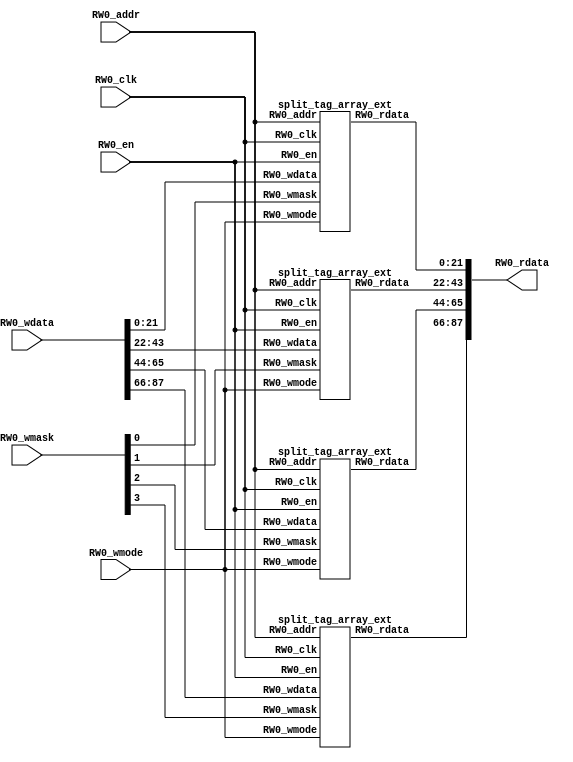
module tag_array_ext(
  input  [5:0]  RW0_addr,
  input         RW0_clk,
  input  [87:0] RW0_wdata,
  output [87:0] RW0_rdata,
  input         RW0_en,
  input         RW0_wmode,
  input  [3:0]  RW0_wmask
);
  wire [5:0] mem_0_0_RW0_addr;
  wire  mem_0_0_RW0_clk;
  wire [21:0] mem_0_0_RW0_wdata;
  wire [21:0] mem_0_0_RW0_rdata;
  wire  mem_0_0_RW0_en;
  wire  mem_0_0_RW0_wmode;
  wire  mem_0_0_RW0_wmask;
  wire [5:0] mem_0_1_RW0_addr;
  wire  mem_0_1_RW0_clk;
  wire [21:0] mem_0_1_RW0_wdata;
  wire [21:0] mem_0_1_RW0_rdata;
  wire  mem_0_1_RW0_en;
  wire  mem_0_1_RW0_wmode;
  wire  mem_0_1_RW0_wmask;
  wire [5:0] mem_0_2_RW0_addr;
  wire  mem_0_2_RW0_clk;
  wire [21:0] mem_0_2_RW0_wdata;
  wire [21:0] mem_0_2_RW0_rdata;
  wire  mem_0_2_RW0_en;
  wire  mem_0_2_RW0_wmode;
  wire  mem_0_2_RW0_wmask;
  wire [5:0] mem_0_3_RW0_addr;
  wire  mem_0_3_RW0_clk;
  wire [21:0] mem_0_3_RW0_wdata;
  wire [21:0] mem_0_3_RW0_rdata;
  wire  mem_0_3_RW0_en;
  wire  mem_0_3_RW0_wmode;
  wire  mem_0_3_RW0_wmask;
  wire [21:0] RW0_rdata_0_0;
  wire [21:0] RW0_rdata_0_1;
  wire [21:0] RW0_rdata_0_2;
  wire [21:0] RW0_rdata_0_3;
  wire [43:0] _GEN_0;
  wire [65:0] _GEN_1;
  wire [87:0] RW0_rdata_0;
  wire [43:0] _GEN_2;
  wire [65:0] _GEN_3;
  split_tag_array_ext mem_0_0 (
    .RW0_addr(mem_0_0_RW0_addr),
    .RW0_clk(mem_0_0_RW0_clk),
    .RW0_wdata(mem_0_0_RW0_wdata),
    .RW0_rdata(mem_0_0_RW0_rdata),
    .RW0_en(mem_0_0_RW0_en),
    .RW0_wmode(mem_0_0_RW0_wmode),
    .RW0_wmask(mem_0_0_RW0_wmask)
  );
  split_tag_array_ext mem_0_1 (
    .RW0_addr(mem_0_1_RW0_addr),
    .RW0_clk(mem_0_1_RW0_clk),
    .RW0_wdata(mem_0_1_RW0_wdata),
    .RW0_rdata(mem_0_1_RW0_rdata),
    .RW0_en(mem_0_1_RW0_en),
    .RW0_wmode(mem_0_1_RW0_wmode),
    .RW0_wmask(mem_0_1_RW0_wmask)
  );
  split_tag_array_ext mem_0_2 (
    .RW0_addr(mem_0_2_RW0_addr),
    .RW0_clk(mem_0_2_RW0_clk),
    .RW0_wdata(mem_0_2_RW0_wdata),
    .RW0_rdata(mem_0_2_RW0_rdata),
    .RW0_en(mem_0_2_RW0_en),
    .RW0_wmode(mem_0_2_RW0_wmode),
    .RW0_wmask(mem_0_2_RW0_wmask)
  );
  split_tag_array_ext mem_0_3 (
    .RW0_addr(mem_0_3_RW0_addr),
    .RW0_clk(mem_0_3_RW0_clk),
    .RW0_wdata(mem_0_3_RW0_wdata),
    .RW0_rdata(mem_0_3_RW0_rdata),
    .RW0_en(mem_0_3_RW0_en),
    .RW0_wmode(mem_0_3_RW0_wmode),
    .RW0_wmask(mem_0_3_RW0_wmask)
  );
  assign RW0_rdata_0_0 = mem_0_0_RW0_rdata;
  assign RW0_rdata_0_1 = mem_0_1_RW0_rdata;
  assign RW0_rdata_0_2 = mem_0_2_RW0_rdata;
  assign RW0_rdata_0_3 = mem_0_3_RW0_rdata;
  assign _GEN_0 = {RW0_rdata_0_1,RW0_rdata_0_0};
  assign _GEN_1 = {RW0_rdata_0_2,_GEN_0};
  assign RW0_rdata_0 = {RW0_rdata_0_3,_GEN_1};
  assign _GEN_2 = {RW0_rdata_0_1,RW0_rdata_0_0};
  assign _GEN_3 = {RW0_rdata_0_2,_GEN_0};
  assign RW0_rdata = {RW0_rdata_0_3,_GEN_1};
  assign mem_0_0_RW0_addr = RW0_addr;
  assign mem_0_0_RW0_clk = RW0_clk;
  assign mem_0_0_RW0_wdata = RW0_wdata[21:0];
  assign mem_0_0_RW0_en = RW0_en;
  assign mem_0_0_RW0_wmode = RW0_wmode;
  assign mem_0_0_RW0_wmask = RW0_wmask[0];
  assign mem_0_1_RW0_addr = RW0_addr;
  assign mem_0_1_RW0_clk = RW0_clk;
  assign mem_0_1_RW0_wdata = RW0_wdata[43:22];
  assign mem_0_1_RW0_en = RW0_en;
  assign mem_0_1_RW0_wmode = RW0_wmode;
  assign mem_0_1_RW0_wmask = RW0_wmask[1];
  assign mem_0_2_RW0_addr = RW0_addr;
  assign mem_0_2_RW0_clk = RW0_clk;
  assign mem_0_2_RW0_wdata = RW0_wdata[65:44];
  assign mem_0_2_RW0_en = RW0_en;
  assign mem_0_2_RW0_wmode = RW0_wmode;
  assign mem_0_2_RW0_wmask = RW0_wmask[2];
  assign mem_0_3_RW0_addr = RW0_addr;
  assign mem_0_3_RW0_clk = RW0_clk;
  assign mem_0_3_RW0_wdata = RW0_wdata[87:66];
  assign mem_0_3_RW0_en = RW0_en;
  assign mem_0_3_RW0_wmode = RW0_wmode;
  assign mem_0_3_RW0_wmask = RW0_wmask[3];
endmodule
module array_0_0_ext(
  input  [8:0]  W0_addr,
  input         W0_clk,
  input  [63:0] W0_data,
  input         W0_en,
  input         W0_mask,
  input  [8:0]  R0_addr,
  input         R0_clk,
  output [63:0] R0_data,
  input         R0_en
);
  wire [8:0] mem_0_0_W0_addr;
  wire  mem_0_0_W0_clk;
  wire [63:0] mem_0_0_W0_data;
  wire  mem_0_0_W0_en;
  wire  mem_0_0_W0_mask;
  wire [8:0] mem_0_0_R0_addr;
  wire  mem_0_0_R0_clk;
  wire [63:0] mem_0_0_R0_data;
  wire  mem_0_0_R0_en;
  wire [63:0] R0_data_0_0;
  wire [63:0] R0_data_0;
  split_array_0_0_ext mem_0_0 (
    .W0_addr(mem_0_0_W0_addr),
    .W0_clk(mem_0_0_W0_clk),
    .W0_data(mem_0_0_W0_data),
    .W0_en(mem_0_0_W0_en),
    .W0_mask(mem_0_0_W0_mask),
    .R0_addr(mem_0_0_R0_addr),
    .R0_clk(mem_0_0_R0_clk),
    .R0_data(mem_0_0_R0_data),
    .R0_en(mem_0_0_R0_en)
  );
  assign R0_data_0_0 = mem_0_0_R0_data;
  assign R0_data_0 = R0_data_0_0;
  assign R0_data = mem_0_0_R0_data;
  assign mem_0_0_W0_addr = W0_addr;
  assign mem_0_0_W0_clk = W0_clk;
  assign mem_0_0_W0_data = W0_data;
  assign mem_0_0_W0_en = W0_en;
  assign mem_0_0_W0_mask = W0_mask;
  assign mem_0_0_R0_addr = R0_addr;
  assign mem_0_0_R0_clk = R0_clk;
  assign mem_0_0_R0_en = R0_en;
endmodule
module tag_array_0_ext(
  input  [5:0]  RW0_addr,
  input         RW0_clk,
  input  [83:0] RW0_wdata,
  output [83:0] RW0_rdata,
  input         RW0_en,
  input         RW0_wmode,
  input  [3:0]  RW0_wmask
);
  wire [5:0] mem_0_0_RW0_addr;
  wire  mem_0_0_RW0_clk;
  wire [20:0] mem_0_0_RW0_wdata;
  wire [20:0] mem_0_0_RW0_rdata;
  wire  mem_0_0_RW0_en;
  wire  mem_0_0_RW0_wmode;
  wire  mem_0_0_RW0_wmask;
  wire [5:0] mem_0_1_RW0_addr;
  wire  mem_0_1_RW0_clk;
  wire [20:0] mem_0_1_RW0_wdata;
  wire [20:0] mem_0_1_RW0_rdata;
  wire  mem_0_1_RW0_en;
  wire  mem_0_1_RW0_wmode;
  wire  mem_0_1_RW0_wmask;
  wire [5:0] mem_0_2_RW0_addr;
  wire  mem_0_2_RW0_clk;
  wire [20:0] mem_0_2_RW0_wdata;
  wire [20:0] mem_0_2_RW0_rdata;
  wire  mem_0_2_RW0_en;
  wire  mem_0_2_RW0_wmode;
  wire  mem_0_2_RW0_wmask;
  wire [5:0] mem_0_3_RW0_addr;
  wire  mem_0_3_RW0_clk;
  wire [20:0] mem_0_3_RW0_wdata;
  wire [20:0] mem_0_3_RW0_rdata;
  wire  mem_0_3_RW0_en;
  wire  mem_0_3_RW0_wmode;
  wire  mem_0_3_RW0_wmask;
  wire [20:0] RW0_rdata_0_0;
  wire [20:0] RW0_rdata_0_1;
  wire [20:0] RW0_rdata_0_2;
  wire [20:0] RW0_rdata_0_3;
  wire [41:0] _GEN_0;
  wire [62:0] _GEN_1;
  wire [83:0] RW0_rdata_0;
  wire [41:0] _GEN_2;
  wire [62:0] _GEN_3;
  split_tag_array_0_ext mem_0_0 (
    .RW0_addr(mem_0_0_RW0_addr),
    .RW0_clk(mem_0_0_RW0_clk),
    .RW0_wdata(mem_0_0_RW0_wdata),
    .RW0_rdata(mem_0_0_RW0_rdata),
    .RW0_en(mem_0_0_RW0_en),
    .RW0_wmode(mem_0_0_RW0_wmode),
    .RW0_wmask(mem_0_0_RW0_wmask)
  );
  split_tag_array_0_ext mem_0_1 (
    .RW0_addr(mem_0_1_RW0_addr),
    .RW0_clk(mem_0_1_RW0_clk),
    .RW0_wdata(mem_0_1_RW0_wdata),
    .RW0_rdata(mem_0_1_RW0_rdata),
    .RW0_en(mem_0_1_RW0_en),
    .RW0_wmode(mem_0_1_RW0_wmode),
    .RW0_wmask(mem_0_1_RW0_wmask)
  );
  split_tag_array_0_ext mem_0_2 (
    .RW0_addr(mem_0_2_RW0_addr),
    .RW0_clk(mem_0_2_RW0_clk),
    .RW0_wdata(mem_0_2_RW0_wdata),
    .RW0_rdata(mem_0_2_RW0_rdata),
    .RW0_en(mem_0_2_RW0_en),
    .RW0_wmode(mem_0_2_RW0_wmode),
    .RW0_wmask(mem_0_2_RW0_wmask)
  );
  split_tag_array_0_ext mem_0_3 (
    .RW0_addr(mem_0_3_RW0_addr),
    .RW0_clk(mem_0_3_RW0_clk),
    .RW0_wdata(mem_0_3_RW0_wdata),
    .RW0_rdata(mem_0_3_RW0_rdata),
    .RW0_en(mem_0_3_RW0_en),
    .RW0_wmode(mem_0_3_RW0_wmode),
    .RW0_wmask(mem_0_3_RW0_wmask)
  );
  assign RW0_rdata_0_0 = mem_0_0_RW0_rdata;
  assign RW0_rdata_0_1 = mem_0_1_RW0_rdata;
  assign RW0_rdata_0_2 = mem_0_2_RW0_rdata;
  assign RW0_rdata_0_3 = mem_0_3_RW0_rdata;
  assign _GEN_0 = {RW0_rdata_0_1,RW0_rdata_0_0};
  assign _GEN_1 = {RW0_rdata_0_2,_GEN_0};
  assign RW0_rdata_0 = {RW0_rdata_0_3,_GEN_1};
  assign _GEN_2 = {RW0_rdata_0_1,RW0_rdata_0_0};
  assign _GEN_3 = {RW0_rdata_0_2,_GEN_0};
  assign RW0_rdata = {RW0_rdata_0_3,_GEN_1};
  assign mem_0_0_RW0_addr = RW0_addr;
  assign mem_0_0_RW0_clk = RW0_clk;
  assign mem_0_0_RW0_wdata = RW0_wdata[20:0];
  assign mem_0_0_RW0_en = RW0_en;
  assign mem_0_0_RW0_wmode = RW0_wmode;
  assign mem_0_0_RW0_wmask = RW0_wmask[0];
  assign mem_0_1_RW0_addr = RW0_addr;
  assign mem_0_1_RW0_clk = RW0_clk;
  assign mem_0_1_RW0_wdata = RW0_wdata[41:21];
  assign mem_0_1_RW0_en = RW0_en;
  assign mem_0_1_RW0_wmode = RW0_wmode;
  assign mem_0_1_RW0_wmask = RW0_wmask[1];
  assign mem_0_2_RW0_addr = RW0_addr;
  assign mem_0_2_RW0_clk = RW0_clk;
  assign mem_0_2_RW0_wdata = RW0_wdata[62:42];
  assign mem_0_2_RW0_en = RW0_en;
  assign mem_0_2_RW0_wmode = RW0_wmode;
  assign mem_0_2_RW0_wmask = RW0_wmask[2];
  assign mem_0_3_RW0_addr = RW0_addr;
  assign mem_0_3_RW0_clk = RW0_clk;
  assign mem_0_3_RW0_wdata = RW0_wdata[83:63];
  assign mem_0_3_RW0_en = RW0_en;
  assign mem_0_3_RW0_wmode = RW0_wmode;
  assign mem_0_3_RW0_wmask = RW0_wmask[3];
endmodule
module dataArrayWay_0_ext(
  input  [8:0]  RW0_addr,
  input         RW0_clk,
  input  [63:0] RW0_wdata,
  output [63:0] RW0_rdata,
  input         RW0_en,
  input         RW0_wmode
);
  wire [8:0] mem_0_0_RW0_addr;
  wire  mem_0_0_RW0_clk;
  wire [63:0] mem_0_0_RW0_wdata;
  wire [63:0] mem_0_0_RW0_rdata;
  wire  mem_0_0_RW0_en;
  wire  mem_0_0_RW0_wmode;
  wire [63:0] RW0_rdata_0_0;
  wire [63:0] RW0_rdata_0;
  split_dataArrayWay_0_ext mem_0_0 (
    .RW0_addr(mem_0_0_RW0_addr),
    .RW0_clk(mem_0_0_RW0_clk),
    .RW0_wdata(mem_0_0_RW0_wdata),
    .RW0_rdata(mem_0_0_RW0_rdata),
    .RW0_en(mem_0_0_RW0_en),
    .RW0_wmode(mem_0_0_RW0_wmode)
  );
  assign RW0_rdata_0_0 = mem_0_0_RW0_rdata;
  assign RW0_rdata_0 = RW0_rdata_0_0;
  assign RW0_rdata = mem_0_0_RW0_rdata;
  assign mem_0_0_RW0_addr = RW0_addr;
  assign mem_0_0_RW0_clk = RW0_clk;
  assign mem_0_0_RW0_wdata = RW0_wdata;
  assign mem_0_0_RW0_en = RW0_en;
  assign mem_0_0_RW0_wmode = RW0_wmode;
endmodule
module bim_data_array_0_ext(
  input  [8:0] RW0_addr,
  input        RW0_clk,
  input  [7:0] RW0_wdata,
  output [7:0] RW0_rdata,
  input        RW0_en,
  input        RW0_wmode,
  input  [7:0] RW0_wmask
);
  wire [8:0] mem_0_0_RW0_addr;
  wire  mem_0_0_RW0_clk;
  wire  mem_0_0_RW0_wdata;
  wire  mem_0_0_RW0_rdata;
  wire  mem_0_0_RW0_en;
  wire  mem_0_0_RW0_wmode;
  wire  mem_0_0_RW0_wmask;
  wire [8:0] mem_0_1_RW0_addr;
  wire  mem_0_1_RW0_clk;
  wire  mem_0_1_RW0_wdata;
  wire  mem_0_1_RW0_rdata;
  wire  mem_0_1_RW0_en;
  wire  mem_0_1_RW0_wmode;
  wire  mem_0_1_RW0_wmask;
  wire [8:0] mem_0_2_RW0_addr;
  wire  mem_0_2_RW0_clk;
  wire  mem_0_2_RW0_wdata;
  wire  mem_0_2_RW0_rdata;
  wire  mem_0_2_RW0_en;
  wire  mem_0_2_RW0_wmode;
  wire  mem_0_2_RW0_wmask;
  wire [8:0] mem_0_3_RW0_addr;
  wire  mem_0_3_RW0_clk;
  wire  mem_0_3_RW0_wdata;
  wire  mem_0_3_RW0_rdata;
  wire  mem_0_3_RW0_en;
  wire  mem_0_3_RW0_wmode;
  wire  mem_0_3_RW0_wmask;
  wire [8:0] mem_0_4_RW0_addr;
  wire  mem_0_4_RW0_clk;
  wire  mem_0_4_RW0_wdata;
  wire  mem_0_4_RW0_rdata;
  wire  mem_0_4_RW0_en;
  wire  mem_0_4_RW0_wmode;
  wire  mem_0_4_RW0_wmask;
  wire [8:0] mem_0_5_RW0_addr;
  wire  mem_0_5_RW0_clk;
  wire  mem_0_5_RW0_wdata;
  wire  mem_0_5_RW0_rdata;
  wire  mem_0_5_RW0_en;
  wire  mem_0_5_RW0_wmode;
  wire  mem_0_5_RW0_wmask;
  wire [8:0] mem_0_6_RW0_addr;
  wire  mem_0_6_RW0_clk;
  wire  mem_0_6_RW0_wdata;
  wire  mem_0_6_RW0_rdata;
  wire  mem_0_6_RW0_en;
  wire  mem_0_6_RW0_wmode;
  wire  mem_0_6_RW0_wmask;
  wire [8:0] mem_0_7_RW0_addr;
  wire  mem_0_7_RW0_clk;
  wire  mem_0_7_RW0_wdata;
  wire  mem_0_7_RW0_rdata;
  wire  mem_0_7_RW0_en;
  wire  mem_0_7_RW0_wmode;
  wire  mem_0_7_RW0_wmask;
  wire  RW0_rdata_0_0;
  wire  RW0_rdata_0_1;
  wire  RW0_rdata_0_2;
  wire  RW0_rdata_0_3;
  wire  RW0_rdata_0_4;
  wire  RW0_rdata_0_5;
  wire  RW0_rdata_0_6;
  wire  RW0_rdata_0_7;
  wire [1:0] _GEN_0;
  wire [2:0] _GEN_1;
  wire [3:0] _GEN_2;
  wire [4:0] _GEN_3;
  wire [5:0] _GEN_4;
  wire [6:0] _GEN_5;
  wire [7:0] RW0_rdata_0;
  wire [1:0] _GEN_6;
  wire [2:0] _GEN_7;
  wire [3:0] _GEN_8;
  wire [4:0] _GEN_9;
  wire [5:0] _GEN_10;
  wire [6:0] _GEN_11;
  split_bim_data_array_0_ext mem_0_0 (
    .RW0_addr(mem_0_0_RW0_addr),
    .RW0_clk(mem_0_0_RW0_clk),
    .RW0_wdata(mem_0_0_RW0_wdata),
    .RW0_rdata(mem_0_0_RW0_rdata),
    .RW0_en(mem_0_0_RW0_en),
    .RW0_wmode(mem_0_0_RW0_wmode),
    .RW0_wmask(mem_0_0_RW0_wmask)
  );
  split_bim_data_array_0_ext mem_0_1 (
    .RW0_addr(mem_0_1_RW0_addr),
    .RW0_clk(mem_0_1_RW0_clk),
    .RW0_wdata(mem_0_1_RW0_wdata),
    .RW0_rdata(mem_0_1_RW0_rdata),
    .RW0_en(mem_0_1_RW0_en),
    .RW0_wmode(mem_0_1_RW0_wmode),
    .RW0_wmask(mem_0_1_RW0_wmask)
  );
  split_bim_data_array_0_ext mem_0_2 (
    .RW0_addr(mem_0_2_RW0_addr),
    .RW0_clk(mem_0_2_RW0_clk),
    .RW0_wdata(mem_0_2_RW0_wdata),
    .RW0_rdata(mem_0_2_RW0_rdata),
    .RW0_en(mem_0_2_RW0_en),
    .RW0_wmode(mem_0_2_RW0_wmode),
    .RW0_wmask(mem_0_2_RW0_wmask)
  );
  split_bim_data_array_0_ext mem_0_3 (
    .RW0_addr(mem_0_3_RW0_addr),
    .RW0_clk(mem_0_3_RW0_clk),
    .RW0_wdata(mem_0_3_RW0_wdata),
    .RW0_rdata(mem_0_3_RW0_rdata),
    .RW0_en(mem_0_3_RW0_en),
    .RW0_wmode(mem_0_3_RW0_wmode),
    .RW0_wmask(mem_0_3_RW0_wmask)
  );
  split_bim_data_array_0_ext mem_0_4 (
    .RW0_addr(mem_0_4_RW0_addr),
    .RW0_clk(mem_0_4_RW0_clk),
    .RW0_wdata(mem_0_4_RW0_wdata),
    .RW0_rdata(mem_0_4_RW0_rdata),
    .RW0_en(mem_0_4_RW0_en),
    .RW0_wmode(mem_0_4_RW0_wmode),
    .RW0_wmask(mem_0_4_RW0_wmask)
  );
  split_bim_data_array_0_ext mem_0_5 (
    .RW0_addr(mem_0_5_RW0_addr),
    .RW0_clk(mem_0_5_RW0_clk),
    .RW0_wdata(mem_0_5_RW0_wdata),
    .RW0_rdata(mem_0_5_RW0_rdata),
    .RW0_en(mem_0_5_RW0_en),
    .RW0_wmode(mem_0_5_RW0_wmode),
    .RW0_wmask(mem_0_5_RW0_wmask)
  );
  split_bim_data_array_0_ext mem_0_6 (
    .RW0_addr(mem_0_6_RW0_addr),
    .RW0_clk(mem_0_6_RW0_clk),
    .RW0_wdata(mem_0_6_RW0_wdata),
    .RW0_rdata(mem_0_6_RW0_rdata),
    .RW0_en(mem_0_6_RW0_en),
    .RW0_wmode(mem_0_6_RW0_wmode),
    .RW0_wmask(mem_0_6_RW0_wmask)
  );
  split_bim_data_array_0_ext mem_0_7 (
    .RW0_addr(mem_0_7_RW0_addr),
    .RW0_clk(mem_0_7_RW0_clk),
    .RW0_wdata(mem_0_7_RW0_wdata),
    .RW0_rdata(mem_0_7_RW0_rdata),
    .RW0_en(mem_0_7_RW0_en),
    .RW0_wmode(mem_0_7_RW0_wmode),
    .RW0_wmask(mem_0_7_RW0_wmask)
  );
  assign RW0_rdata_0_0 = mem_0_0_RW0_rdata;
  assign RW0_rdata_0_1 = mem_0_1_RW0_rdata;
  assign RW0_rdata_0_2 = mem_0_2_RW0_rdata;
  assign RW0_rdata_0_3 = mem_0_3_RW0_rdata;
  assign RW0_rdata_0_4 = mem_0_4_RW0_rdata;
  assign RW0_rdata_0_5 = mem_0_5_RW0_rdata;
  assign RW0_rdata_0_6 = mem_0_6_RW0_rdata;
  assign RW0_rdata_0_7 = mem_0_7_RW0_rdata;
  assign _GEN_0 = {RW0_rdata_0_1,RW0_rdata_0_0};
  assign _GEN_1 = {RW0_rdata_0_2,_GEN_0};
  assign _GEN_2 = {RW0_rdata_0_3,_GEN_1};
  assign _GEN_3 = {RW0_rdata_0_4,_GEN_2};
  assign _GEN_4 = {RW0_rdata_0_5,_GEN_3};
  assign _GEN_5 = {RW0_rdata_0_6,_GEN_4};
  assign RW0_rdata_0 = {RW0_rdata_0_7,_GEN_5};
  assign _GEN_6 = {RW0_rdata_0_1,RW0_rdata_0_0};
  assign _GEN_7 = {RW0_rdata_0_2,_GEN_0};
  assign _GEN_8 = {RW0_rdata_0_3,_GEN_1};
  assign _GEN_9 = {RW0_rdata_0_4,_GEN_2};
  assign _GEN_10 = {RW0_rdata_0_5,_GEN_3};
  assign _GEN_11 = {RW0_rdata_0_6,_GEN_4};
  assign RW0_rdata = {RW0_rdata_0_7,_GEN_5};
  assign mem_0_0_RW0_addr = RW0_addr;
  assign mem_0_0_RW0_clk = RW0_clk;
  assign mem_0_0_RW0_wdata = RW0_wdata[0];
  assign mem_0_0_RW0_en = RW0_en;
  assign mem_0_0_RW0_wmode = RW0_wmode;
  assign mem_0_0_RW0_wmask = RW0_wmask[0];
  assign mem_0_1_RW0_addr = RW0_addr;
  assign mem_0_1_RW0_clk = RW0_clk;
  assign mem_0_1_RW0_wdata = RW0_wdata[1];
  assign mem_0_1_RW0_en = RW0_en;
  assign mem_0_1_RW0_wmode = RW0_wmode;
  assign mem_0_1_RW0_wmask = RW0_wmask[1];
  assign mem_0_2_RW0_addr = RW0_addr;
  assign mem_0_2_RW0_clk = RW0_clk;
  assign mem_0_2_RW0_wdata = RW0_wdata[2];
  assign mem_0_2_RW0_en = RW0_en;
  assign mem_0_2_RW0_wmode = RW0_wmode;
  assign mem_0_2_RW0_wmask = RW0_wmask[2];
  assign mem_0_3_RW0_addr = RW0_addr;
  assign mem_0_3_RW0_clk = RW0_clk;
  assign mem_0_3_RW0_wdata = RW0_wdata[3];
  assign mem_0_3_RW0_en = RW0_en;
  assign mem_0_3_RW0_wmode = RW0_wmode;
  assign mem_0_3_RW0_wmask = RW0_wmask[3];
  assign mem_0_4_RW0_addr = RW0_addr;
  assign mem_0_4_RW0_clk = RW0_clk;
  assign mem_0_4_RW0_wdata = RW0_wdata[4];
  assign mem_0_4_RW0_en = RW0_en;
  assign mem_0_4_RW0_wmode = RW0_wmode;
  assign mem_0_4_RW0_wmask = RW0_wmask[4];
  assign mem_0_5_RW0_addr = RW0_addr;
  assign mem_0_5_RW0_clk = RW0_clk;
  assign mem_0_5_RW0_wdata = RW0_wdata[5];
  assign mem_0_5_RW0_en = RW0_en;
  assign mem_0_5_RW0_wmode = RW0_wmode;
  assign mem_0_5_RW0_wmask = RW0_wmask[5];
  assign mem_0_6_RW0_addr = RW0_addr;
  assign mem_0_6_RW0_clk = RW0_clk;
  assign mem_0_6_RW0_wdata = RW0_wdata[6];
  assign mem_0_6_RW0_en = RW0_en;
  assign mem_0_6_RW0_wmode = RW0_wmode;
  assign mem_0_6_RW0_wmask = RW0_wmask[6];
  assign mem_0_7_RW0_addr = RW0_addr;
  assign mem_0_7_RW0_clk = RW0_clk;
  assign mem_0_7_RW0_wdata = RW0_wdata[7];
  assign mem_0_7_RW0_en = RW0_en;
  assign mem_0_7_RW0_wmode = RW0_wmode;
  assign mem_0_7_RW0_wmask = RW0_wmask[7];
endmodule
module btb_tag_array_ext(
  input  [5:0]  RW0_addr,
  input         RW0_clk,
  input  [19:0] RW0_wdata,
  output [19:0] RW0_rdata,
  input         RW0_en,
  input         RW0_wmode
);
  wire [5:0] mem_0_0_RW0_addr;
  wire  mem_0_0_RW0_clk;
  wire [19:0] mem_0_0_RW0_wdata;
  wire [19:0] mem_0_0_RW0_rdata;
  wire  mem_0_0_RW0_en;
  wire  mem_0_0_RW0_wmode;
  wire [19:0] RW0_rdata_0_0;
  wire [19:0] RW0_rdata_0;
  split_btb_tag_array_ext mem_0_0 (
    .RW0_addr(mem_0_0_RW0_addr),
    .RW0_clk(mem_0_0_RW0_clk),
    .RW0_wdata(mem_0_0_RW0_wdata),
    .RW0_rdata(mem_0_0_RW0_rdata),
    .RW0_en(mem_0_0_RW0_en),
    .RW0_wmode(mem_0_0_RW0_wmode)
  );
  assign RW0_rdata_0_0 = mem_0_0_RW0_rdata;
  assign RW0_rdata_0 = RW0_rdata_0_0;
  assign RW0_rdata = mem_0_0_RW0_rdata;
  assign mem_0_0_RW0_addr = RW0_addr;
  assign mem_0_0_RW0_clk = RW0_clk;
  assign mem_0_0_RW0_wdata = RW0_wdata;
  assign mem_0_0_RW0_en = RW0_en;
  assign mem_0_0_RW0_wmode = RW0_wmode;
endmodule
module btb_data_array_ext(
  input  [5:0]  RW0_addr,
  input         RW0_clk,
  input  [47:0] RW0_wdata,
  output [47:0] RW0_rdata,
  input         RW0_en,
  input         RW0_wmode
);
  wire [5:0] mem_0_0_RW0_addr;
  wire  mem_0_0_RW0_clk;
  wire [47:0] mem_0_0_RW0_wdata;
  wire [47:0] mem_0_0_RW0_rdata;
  wire  mem_0_0_RW0_en;
  wire  mem_0_0_RW0_wmode;
  wire [47:0] RW0_rdata_0_0;
  wire [47:0] RW0_rdata_0;
  split_btb_data_array_ext mem_0_0 (
    .RW0_addr(mem_0_0_RW0_addr),
    .RW0_clk(mem_0_0_RW0_clk),
    .RW0_wdata(mem_0_0_RW0_wdata),
    .RW0_rdata(mem_0_0_RW0_rdata),
    .RW0_en(mem_0_0_RW0_en),
    .RW0_wmode(mem_0_0_RW0_wmode)
  );
  assign RW0_rdata_0_0 = mem_0_0_RW0_rdata;
  assign RW0_rdata_0 = RW0_rdata_0_0;
  assign RW0_rdata = mem_0_0_RW0_rdata;
  assign mem_0_0_RW0_addr = RW0_addr;
  assign mem_0_0_RW0_clk = RW0_clk;
  assign mem_0_0_RW0_wdata = RW0_wdata;
  assign mem_0_0_RW0_en = RW0_en;
  assign mem_0_0_RW0_wmode = RW0_wmode;
endmodule
module counter_table_ext(
  input  [11:0] W0_addr,
  input         W0_clk,
  input  [3:0]  W0_data,
  input         W0_en,
  input  [11:0] R0_addr,
  input         R0_clk,
  output [3:0]  R0_data,
  input         R0_en
);
  wire [11:0] mem_0_0_W0_addr;
  wire  mem_0_0_W0_clk;
  wire [3:0] mem_0_0_W0_data;
  wire  mem_0_0_W0_en;
  wire [11:0] mem_0_0_R0_addr;
  wire  mem_0_0_R0_clk;
  wire [3:0] mem_0_0_R0_data;
  wire  mem_0_0_R0_en;
  wire [3:0] R0_data_0_0;
  wire [3:0] R0_data_0;
  split_counter_table_ext mem_0_0 (
    .W0_addr(mem_0_0_W0_addr),
    .W0_clk(mem_0_0_W0_clk),
    .W0_data(mem_0_0_W0_data),
    .W0_en(mem_0_0_W0_en),
    .R0_addr(mem_0_0_R0_addr),
    .R0_clk(mem_0_0_R0_clk),
    .R0_data(mem_0_0_R0_data),
    .R0_en(mem_0_0_R0_en)
  );
  assign R0_data_0_0 = mem_0_0_R0_data;
  assign R0_data_0 = R0_data_0_0;
  assign R0_data = mem_0_0_R0_data;
  assign mem_0_0_W0_addr = W0_addr;
  assign mem_0_0_W0_clk = W0_clk;
  assign mem_0_0_W0_data = W0_data;
  assign mem_0_0_W0_en = W0_en;
  assign mem_0_0_R0_addr = R0_addr;
  assign mem_0_0_R0_clk = R0_clk;
  assign mem_0_0_R0_en = R0_en;
endmodule
module l2_tlb_ram_ext(
  input  [8:0]  RW0_addr,
  input         RW0_clk,
  input  [44:0] RW0_wdata,
  output [44:0] RW0_rdata,
  input         RW0_en,
  input         RW0_wmode
);
  wire [8:0] mem_0_0_RW0_addr;
  wire  mem_0_0_RW0_clk;
  wire [44:0] mem_0_0_RW0_wdata;
  wire [44:0] mem_0_0_RW0_rdata;
  wire  mem_0_0_RW0_en;
  wire  mem_0_0_RW0_wmode;
  wire [44:0] RW0_rdata_0_0;
  wire [44:0] RW0_rdata_0;
  split_l2_tlb_ram_ext mem_0_0 (
    .RW0_addr(mem_0_0_RW0_addr),
    .RW0_clk(mem_0_0_RW0_clk),
    .RW0_wdata(mem_0_0_RW0_wdata),
    .RW0_rdata(mem_0_0_RW0_rdata),
    .RW0_en(mem_0_0_RW0_en),
    .RW0_wmode(mem_0_0_RW0_wmode)
  );
  assign RW0_rdata_0_0 = mem_0_0_RW0_rdata;
  assign RW0_rdata_0 = RW0_rdata_0_0;
  assign RW0_rdata = mem_0_0_RW0_rdata;
  assign mem_0_0_RW0_addr = RW0_addr;
  assign mem_0_0_RW0_clk = RW0_clk;
  assign mem_0_0_RW0_wdata = RW0_wdata;
  assign mem_0_0_RW0_en = RW0_en;
  assign mem_0_0_RW0_wmode = RW0_wmode;
endmodule
module split_tag_array_ext(
  input  [5:0]  RW0_addr,
  input         RW0_clk,
  input  [21:0] RW0_wdata,
  output [21:0] RW0_rdata,
  input         RW0_en,
  input         RW0_wmode,
  input         RW0_wmask
);
  reg [21:0] ram [0:63];
  reg [31:0] _RAND_0;
  wire [21:0] ram_RW_0_r_0_data;
  wire [5:0] ram_RW_0_r_0_addr;
  wire [21:0] ram_RW_0_w_0_data;
  wire [5:0] ram_RW_0_w_0_addr;
  wire  ram_RW_0_w_0_mask;
  wire  ram_RW_0_w_0_en;
  wire  _GEN_0;
  wire  _GEN_1;
  wire  _GEN_2;
  wire [21:0] _GEN_3;
  wire [5:0] _GEN_4;
  reg [5:0] ram_RW_0_addr_pipe_0;
  reg [31:0] _RAND_1;
  wire  _GEN_6;
  wire  ram_RW_0_addr_en;
  wire [5:0] _GEN_5;
  assign ram_RW_0_r_0_addr = ram_RW_0_addr_pipe_0;
  assign ram_RW_0_r_0_data = ram[ram_RW_0_r_0_addr];
  assign ram_RW_0_w_0_data = RW0_wdata;
  assign ram_RW_0_w_0_addr = RW0_addr;
  assign ram_RW_0_w_0_mask = RW0_wmask;
  assign ram_RW_0_w_0_en = RW0_en & RW0_wmode;
  assign RW0_rdata = ram_RW_0_r_0_data;
  assign _GEN_0 = RW0_en;
  assign _GEN_1 = RW0_wmode;
  assign _GEN_2 = RW0_wmask;
  assign _GEN_3 = RW0_wdata;
  assign _GEN_4 = RW0_addr;
  assign _GEN_6 = ~ RW0_wmode;
  assign ram_RW_0_addr_en = RW0_en & _GEN_6;
  assign _GEN_5 = RW0_addr;
`ifdef RANDOMIZE_GARBAGE_ASSIGN
`define RANDOMIZE
`endif
`ifdef RANDOMIZE_INVALID_ASSIGN
`define RANDOMIZE
`endif
`ifdef RANDOMIZE_REG_INIT
`define RANDOMIZE
`endif
`ifdef RANDOMIZE_MEM_INIT
`define RANDOMIZE
`endif
`ifndef RANDOM
`define RANDOM $random
`endif
`ifdef RANDOMIZE_MEM_INIT
  integer initvar;
`endif
initial begin
  `ifdef RANDOMIZE
    `ifdef INIT_RANDOM
      `INIT_RANDOM
    `endif
    `ifndef VERILATOR
      `ifdef RANDOMIZE_DELAY
        #`RANDOMIZE_DELAY begin end
      `else
        #0.002 begin end
      `endif
    `endif
  _RAND_0 = {1{`RANDOM}};
  `ifdef RANDOMIZE_MEM_INIT
  for (initvar = 0; initvar < 64; initvar = initvar+1)
    ram[initvar] = _RAND_0[21:0];
  `endif // RANDOMIZE_MEM_INIT
  `ifdef RANDOMIZE_REG_INIT
  _RAND_1 = {1{`RANDOM}};
  ram_RW_0_addr_pipe_0 = _RAND_1[5:0];
  `endif // RANDOMIZE_REG_INIT
  `endif // RANDOMIZE
end
  always @(posedge RW0_clk) begin
    if(ram_RW_0_w_0_en & ram_RW_0_w_0_mask) begin
      ram[ram_RW_0_w_0_addr] <= ram_RW_0_w_0_data;
    end
    if (ram_RW_0_addr_en) begin
      ram_RW_0_addr_pipe_0 <= RW0_addr;
    end
  end
endmodule
module split_array_0_0_ext(
  input  [8:0]  W0_addr,
  input         W0_clk,
  input  [63:0] W0_data,
  input         W0_en,
  input         W0_mask,
  input  [8:0]  R0_addr,
  input         R0_clk,
  output [63:0] R0_data,
  input         R0_en
);
  reg [63:0] ram [0:511];
  reg [63:0] _RAND_0;
  wire [63:0] ram_R_0_data;
  wire [8:0] ram_R_0_addr;
  wire [63:0] ram_W_0_data;
  wire [8:0] ram_W_0_addr;
  wire  ram_W_0_mask;
  wire  ram_W_0_en;
  wire  _GEN_0;
  wire [8:0] _GEN_1;
  reg [8:0] ram_R_0_addr_pipe_0;
  reg [31:0] _RAND_1;
  wire  ram_R_0_addr_en;
  wire  _GEN_2;
  wire  _GEN_3;
  wire [8:0] _GEN_4;
  wire [63:0] _GEN_5;
  assign ram_R_0_addr = ram_R_0_addr_pipe_0;
  assign ram_R_0_data = ram[ram_R_0_addr];
  assign ram_W_0_data = W0_data;
  assign ram_W_0_addr = W0_addr;
  assign ram_W_0_mask = W0_mask;
  assign ram_W_0_en = W0_en;
  assign R0_data = ram_R_0_data;
  assign _GEN_0 = R0_en;
  assign _GEN_1 = R0_addr;
  assign ram_R_0_addr_en = R0_en;
  assign _GEN_2 = W0_en;
  assign _GEN_3 = W0_mask;
  assign _GEN_4 = W0_addr;
  assign _GEN_5 = W0_data;
`ifdef RANDOMIZE_GARBAGE_ASSIGN
`define RANDOMIZE
`endif
`ifdef RANDOMIZE_INVALID_ASSIGN
`define RANDOMIZE
`endif
`ifdef RANDOMIZE_REG_INIT
`define RANDOMIZE
`endif
`ifdef RANDOMIZE_MEM_INIT
`define RANDOMIZE
`endif
`ifndef RANDOM
`define RANDOM $random
`endif
`ifdef RANDOMIZE_MEM_INIT
  integer initvar;
`endif
initial begin
  `ifdef RANDOMIZE
    `ifdef INIT_RANDOM
      `INIT_RANDOM
    `endif
    `ifndef VERILATOR
      `ifdef RANDOMIZE_DELAY
        #`RANDOMIZE_DELAY begin end
      `else
        #0.002 begin end
      `endif
    `endif
  _RAND_0 = {2{`RANDOM}};
  `ifdef RANDOMIZE_MEM_INIT
  for (initvar = 0; initvar < 512; initvar = initvar+1)
    ram[initvar] = _RAND_0[63:0];
  `endif // RANDOMIZE_MEM_INIT
  `ifdef RANDOMIZE_REG_INIT
  _RAND_1 = {1{`RANDOM}};
  ram_R_0_addr_pipe_0 = _RAND_1[8:0];
  `endif // RANDOMIZE_REG_INIT
  `endif // RANDOMIZE
end
  always @(posedge W0_clk) begin
    if(ram_W_0_en & ram_W_0_mask) begin
      ram[ram_W_0_addr] <= ram_W_0_data;
    end
  end
  always @(posedge R0_clk) begin
    if (_GEN_0) begin
      ram_R_0_addr_pipe_0 <= R0_addr;
    end
  end
endmodule
module split_tag_array_0_ext(
  input  [5:0]  RW0_addr,
  input         RW0_clk,
  input  [20:0] RW0_wdata,
  output [20:0] RW0_rdata,
  input         RW0_en,
  input         RW0_wmode,
  input         RW0_wmask
);
  reg [20:0] ram [0:63];
  reg [31:0] _RAND_0;
  wire [20:0] ram_RW_0_r_0_data;
  wire [5:0] ram_RW_0_r_0_addr;
  wire [20:0] ram_RW_0_w_0_data;
  wire [5:0] ram_RW_0_w_0_addr;
  wire  ram_RW_0_w_0_mask;
  wire  ram_RW_0_w_0_en;
  wire  _GEN_0;
  wire  _GEN_1;
  wire  _GEN_2;
  wire [20:0] _GEN_3;
  wire [5:0] _GEN_4;
  reg [5:0] ram_RW_0_addr_pipe_0;
  reg [31:0] _RAND_1;
  wire  _GEN_6;
  wire  ram_RW_0_addr_en;
  wire [5:0] _GEN_5;
  assign ram_RW_0_r_0_addr = ram_RW_0_addr_pipe_0;
  assign ram_RW_0_r_0_data = ram[ram_RW_0_r_0_addr];
  assign ram_RW_0_w_0_data = RW0_wdata;
  assign ram_RW_0_w_0_addr = RW0_addr;
  assign ram_RW_0_w_0_mask = RW0_wmask;
  assign ram_RW_0_w_0_en = RW0_en & RW0_wmode;
  assign RW0_rdata = ram_RW_0_r_0_data;
  assign _GEN_0 = RW0_en;
  assign _GEN_1 = RW0_wmode;
  assign _GEN_2 = RW0_wmask;
  assign _GEN_3 = RW0_wdata;
  assign _GEN_4 = RW0_addr;
  assign _GEN_6 = ~ RW0_wmode;
  assign ram_RW_0_addr_en = RW0_en & _GEN_6;
  assign _GEN_5 = RW0_addr;
`ifdef RANDOMIZE_GARBAGE_ASSIGN
`define RANDOMIZE
`endif
`ifdef RANDOMIZE_INVALID_ASSIGN
`define RANDOMIZE
`endif
`ifdef RANDOMIZE_REG_INIT
`define RANDOMIZE
`endif
`ifdef RANDOMIZE_MEM_INIT
`define RANDOMIZE
`endif
`ifndef RANDOM
`define RANDOM $random
`endif
`ifdef RANDOMIZE_MEM_INIT
  integer initvar;
`endif
initial begin
  `ifdef RANDOMIZE
    `ifdef INIT_RANDOM
      `INIT_RANDOM
    `endif
    `ifndef VERILATOR
      `ifdef RANDOMIZE_DELAY
        #`RANDOMIZE_DELAY begin end
      `else
        #0.002 begin end
      `endif
    `endif
  _RAND_0 = {1{`RANDOM}};
  `ifdef RANDOMIZE_MEM_INIT
  for (initvar = 0; initvar < 64; initvar = initvar+1)
    ram[initvar] = _RAND_0[20:0];
  `endif // RANDOMIZE_MEM_INIT
  `ifdef RANDOMIZE_REG_INIT
  _RAND_1 = {1{`RANDOM}};
  ram_RW_0_addr_pipe_0 = _RAND_1[5:0];
  `endif // RANDOMIZE_REG_INIT
  `endif // RANDOMIZE
end
  always @(posedge RW0_clk) begin
    if(ram_RW_0_w_0_en & ram_RW_0_w_0_mask) begin
      ram[ram_RW_0_w_0_addr] <= ram_RW_0_w_0_data;
    end
    if (ram_RW_0_addr_en) begin
      ram_RW_0_addr_pipe_0 <= RW0_addr;
    end
  end
endmodule
module split_dataArrayWay_0_ext(
  input  [8:0]  RW0_addr,
  input         RW0_clk,
  input  [63:0] RW0_wdata,
  output [63:0] RW0_rdata,
  input         RW0_en,
  input         RW0_wmode
);
  reg [63:0] ram [0:511];
  reg [63:0] _RAND_0;
  wire [63:0] ram_RW_0_r_0_data;
  wire [8:0] ram_RW_0_r_0_addr;
  wire [63:0] ram_RW_0_w_0_data;
  wire [8:0] ram_RW_0_w_0_addr;
  wire  ram_RW_0_w_0_mask;
  wire  ram_RW_0_w_0_en;
  wire  _GEN_0;
  wire  _GEN_1;
  wire  _GEN_2;
  wire [63:0] _GEN_3;
  wire [8:0] _GEN_4;
  reg [8:0] ram_RW_0_addr_pipe_0;
  reg [31:0] _RAND_1;
  wire  _GEN_6;
  wire  ram_RW_0_addr_en;
  wire [8:0] _GEN_5;
  assign ram_RW_0_r_0_addr = ram_RW_0_addr_pipe_0;
  assign ram_RW_0_r_0_data = ram[ram_RW_0_r_0_addr];
  assign ram_RW_0_w_0_data = RW0_wdata;
  assign ram_RW_0_w_0_addr = RW0_addr;
  assign ram_RW_0_w_0_mask = 1'h1;
  assign ram_RW_0_w_0_en = RW0_en & RW0_wmode;
  assign RW0_rdata = ram_RW_0_r_0_data;
  assign _GEN_0 = RW0_en;
  assign _GEN_1 = RW0_wmode;
  assign _GEN_2 = 1'h1;
  assign _GEN_3 = RW0_wdata;
  assign _GEN_4 = RW0_addr;
  assign _GEN_6 = ~ RW0_wmode;
  assign ram_RW_0_addr_en = RW0_en & _GEN_6;
  assign _GEN_5 = RW0_addr;
`ifdef RANDOMIZE_GARBAGE_ASSIGN
`define RANDOMIZE
`endif
`ifdef RANDOMIZE_INVALID_ASSIGN
`define RANDOMIZE
`endif
`ifdef RANDOMIZE_REG_INIT
`define RANDOMIZE
`endif
`ifdef RANDOMIZE_MEM_INIT
`define RANDOMIZE
`endif
`ifndef RANDOM
`define RANDOM $random
`endif
`ifdef RANDOMIZE_MEM_INIT
  integer initvar;
`endif
initial begin
  `ifdef RANDOMIZE
    `ifdef INIT_RANDOM
      `INIT_RANDOM
    `endif
    `ifndef VERILATOR
      `ifdef RANDOMIZE_DELAY
        #`RANDOMIZE_DELAY begin end
      `else
        #0.002 begin end
      `endif
    `endif
  _RAND_0 = {2{`RANDOM}};
  `ifdef RANDOMIZE_MEM_INIT
  for (initvar = 0; initvar < 512; initvar = initvar+1)
    ram[initvar] = _RAND_0[63:0];
  `endif // RANDOMIZE_MEM_INIT
  `ifdef RANDOMIZE_REG_INIT
  _RAND_1 = {1{`RANDOM}};
  ram_RW_0_addr_pipe_0 = _RAND_1[8:0];
  `endif // RANDOMIZE_REG_INIT
  `endif // RANDOMIZE
end
  always @(posedge RW0_clk) begin
    if(ram_RW_0_w_0_en & ram_RW_0_w_0_mask) begin
      ram[ram_RW_0_w_0_addr] <= ram_RW_0_w_0_data;
    end
    if (ram_RW_0_addr_en) begin
      ram_RW_0_addr_pipe_0 <= RW0_addr;
    end
  end
endmodule
module split_bim_data_array_0_ext(
  input  [8:0] RW0_addr,
  input        RW0_clk,
  input        RW0_wdata,
  output       RW0_rdata,
  input        RW0_en,
  input        RW0_wmode,
  input        RW0_wmask
);
  reg  ram [0:511];
  reg [31:0] _RAND_0;
  wire  ram_RW_0_r_0_data;
  wire [8:0] ram_RW_0_r_0_addr;
  wire  ram_RW_0_w_0_data;
  wire [8:0] ram_RW_0_w_0_addr;
  wire  ram_RW_0_w_0_mask;
  wire  ram_RW_0_w_0_en;
  wire  _GEN_0;
  wire  _GEN_1;
  wire  _GEN_2;
  wire  _GEN_3;
  wire [8:0] _GEN_4;
  reg [8:0] ram_RW_0_addr_pipe_0;
  reg [31:0] _RAND_1;
  wire  _GEN_6;
  wire  ram_RW_0_addr_en;
  wire [8:0] _GEN_5;
  assign ram_RW_0_r_0_addr = ram_RW_0_addr_pipe_0;
  assign ram_RW_0_r_0_data = ram[ram_RW_0_r_0_addr];
  assign ram_RW_0_w_0_data = RW0_wdata;
  assign ram_RW_0_w_0_addr = RW0_addr;
  assign ram_RW_0_w_0_mask = RW0_wmask;
  assign ram_RW_0_w_0_en = RW0_en & RW0_wmode;
  assign RW0_rdata = ram_RW_0_r_0_data;
  assign _GEN_0 = RW0_en;
  assign _GEN_1 = RW0_wmode;
  assign _GEN_2 = RW0_wmask;
  assign _GEN_3 = RW0_wdata;
  assign _GEN_4 = RW0_addr;
  assign _GEN_6 = ~ RW0_wmode;
  assign ram_RW_0_addr_en = RW0_en & _GEN_6;
  assign _GEN_5 = RW0_addr;
`ifdef RANDOMIZE_GARBAGE_ASSIGN
`define RANDOMIZE
`endif
`ifdef RANDOMIZE_INVALID_ASSIGN
`define RANDOMIZE
`endif
`ifdef RANDOMIZE_REG_INIT
`define RANDOMIZE
`endif
`ifdef RANDOMIZE_MEM_INIT
`define RANDOMIZE
`endif
`ifndef RANDOM
`define RANDOM $random
`endif
`ifdef RANDOMIZE_MEM_INIT
  integer initvar;
`endif
initial begin
  `ifdef RANDOMIZE
    `ifdef INIT_RANDOM
      `INIT_RANDOM
    `endif
    `ifndef VERILATOR
      `ifdef RANDOMIZE_DELAY
        #`RANDOMIZE_DELAY begin end
      `else
        #0.002 begin end
      `endif
    `endif
  _RAND_0 = {1{`RANDOM}};
  `ifdef RANDOMIZE_MEM_INIT
  for (initvar = 0; initvar < 512; initvar = initvar+1)
    ram[initvar] = _RAND_0[0:0];
  `endif // RANDOMIZE_MEM_INIT
  `ifdef RANDOMIZE_REG_INIT
  _RAND_1 = {1{`RANDOM}};
  ram_RW_0_addr_pipe_0 = _RAND_1[8:0];
  `endif // RANDOMIZE_REG_INIT
  `endif // RANDOMIZE
end
  always @(posedge RW0_clk) begin
    if(ram_RW_0_w_0_en & ram_RW_0_w_0_mask) begin
      ram[ram_RW_0_w_0_addr] <= ram_RW_0_w_0_data;
    end
    if (ram_RW_0_addr_en) begin
      ram_RW_0_addr_pipe_0 <= RW0_addr;
    end
  end
endmodule
module split_btb_tag_array_ext(
  input  [5:0]  RW0_addr,
  input         RW0_clk,
  input  [19:0] RW0_wdata,
  output [19:0] RW0_rdata,
  input         RW0_en,
  input         RW0_wmode
);
  reg [19:0] ram [0:63];
  reg [31:0] _RAND_0;
  wire [19:0] ram_RW_0_r_0_data;
  wire [5:0] ram_RW_0_r_0_addr;
  wire [19:0] ram_RW_0_w_0_data;
  wire [5:0] ram_RW_0_w_0_addr;
  wire  ram_RW_0_w_0_mask;
  wire  ram_RW_0_w_0_en;
  wire  _GEN_0;
  wire  _GEN_1;
  wire  _GEN_2;
  wire [19:0] _GEN_3;
  wire [5:0] _GEN_4;
  reg [5:0] ram_RW_0_addr_pipe_0;
  reg [31:0] _RAND_1;
  wire  _GEN_6;
  wire  ram_RW_0_addr_en;
  wire [5:0] _GEN_5;
  assign ram_RW_0_r_0_addr = ram_RW_0_addr_pipe_0;
  assign ram_RW_0_r_0_data = ram[ram_RW_0_r_0_addr];
  assign ram_RW_0_w_0_data = RW0_wdata;
  assign ram_RW_0_w_0_addr = RW0_addr;
  assign ram_RW_0_w_0_mask = 1'h1;
  assign ram_RW_0_w_0_en = RW0_en & RW0_wmode;
  assign RW0_rdata = ram_RW_0_r_0_data;
  assign _GEN_0 = RW0_en;
  assign _GEN_1 = RW0_wmode;
  assign _GEN_2 = 1'h1;
  assign _GEN_3 = RW0_wdata;
  assign _GEN_4 = RW0_addr;
  assign _GEN_6 = ~ RW0_wmode;
  assign ram_RW_0_addr_en = RW0_en & _GEN_6;
  assign _GEN_5 = RW0_addr;
`ifdef RANDOMIZE_GARBAGE_ASSIGN
`define RANDOMIZE
`endif
`ifdef RANDOMIZE_INVALID_ASSIGN
`define RANDOMIZE
`endif
`ifdef RANDOMIZE_REG_INIT
`define RANDOMIZE
`endif
`ifdef RANDOMIZE_MEM_INIT
`define RANDOMIZE
`endif
`ifndef RANDOM
`define RANDOM $random
`endif
`ifdef RANDOMIZE_MEM_INIT
  integer initvar;
`endif
initial begin
  `ifdef RANDOMIZE
    `ifdef INIT_RANDOM
      `INIT_RANDOM
    `endif
    `ifndef VERILATOR
      `ifdef RANDOMIZE_DELAY
        #`RANDOMIZE_DELAY begin end
      `else
        #0.002 begin end
      `endif
    `endif
  _RAND_0 = {1{`RANDOM}};
  `ifdef RANDOMIZE_MEM_INIT
  for (initvar = 0; initvar < 64; initvar = initvar+1)
    ram[initvar] = _RAND_0[19:0];
  `endif // RANDOMIZE_MEM_INIT
  `ifdef RANDOMIZE_REG_INIT
  _RAND_1 = {1{`RANDOM}};
  ram_RW_0_addr_pipe_0 = _RAND_1[5:0];
  `endif // RANDOMIZE_REG_INIT
  `endif // RANDOMIZE
end
  always @(posedge RW0_clk) begin
    if(ram_RW_0_w_0_en & ram_RW_0_w_0_mask) begin
      ram[ram_RW_0_w_0_addr] <= ram_RW_0_w_0_data;
    end
    if (ram_RW_0_addr_en) begin
      ram_RW_0_addr_pipe_0 <= RW0_addr;
    end
  end
endmodule
module split_btb_data_array_ext(
  input  [5:0]  RW0_addr,
  input         RW0_clk,
  input  [47:0] RW0_wdata,
  output [47:0] RW0_rdata,
  input         RW0_en,
  input         RW0_wmode
);
  reg [47:0] ram [0:63];
  reg [63:0] _RAND_0;
  wire [47:0] ram_RW_0_r_0_data;
  wire [5:0] ram_RW_0_r_0_addr;
  wire [47:0] ram_RW_0_w_0_data;
  wire [5:0] ram_RW_0_w_0_addr;
  wire  ram_RW_0_w_0_mask;
  wire  ram_RW_0_w_0_en;
  wire  _GEN_0;
  wire  _GEN_1;
  wire  _GEN_2;
  wire [47:0] _GEN_3;
  wire [5:0] _GEN_4;
  reg [5:0] ram_RW_0_addr_pipe_0;
  reg [31:0] _RAND_1;
  wire  _GEN_6;
  wire  ram_RW_0_addr_en;
  wire [5:0] _GEN_5;
  assign ram_RW_0_r_0_addr = ram_RW_0_addr_pipe_0;
  assign ram_RW_0_r_0_data = ram[ram_RW_0_r_0_addr];
  assign ram_RW_0_w_0_data = RW0_wdata;
  assign ram_RW_0_w_0_addr = RW0_addr;
  assign ram_RW_0_w_0_mask = 1'h1;
  assign ram_RW_0_w_0_en = RW0_en & RW0_wmode;
  assign RW0_rdata = ram_RW_0_r_0_data;
  assign _GEN_0 = RW0_en;
  assign _GEN_1 = RW0_wmode;
  assign _GEN_2 = 1'h1;
  assign _GEN_3 = RW0_wdata;
  assign _GEN_4 = RW0_addr;
  assign _GEN_6 = ~ RW0_wmode;
  assign ram_RW_0_addr_en = RW0_en & _GEN_6;
  assign _GEN_5 = RW0_addr;
`ifdef RANDOMIZE_GARBAGE_ASSIGN
`define RANDOMIZE
`endif
`ifdef RANDOMIZE_INVALID_ASSIGN
`define RANDOMIZE
`endif
`ifdef RANDOMIZE_REG_INIT
`define RANDOMIZE
`endif
`ifdef RANDOMIZE_MEM_INIT
`define RANDOMIZE
`endif
`ifndef RANDOM
`define RANDOM $random
`endif
`ifdef RANDOMIZE_MEM_INIT
  integer initvar;
`endif
initial begin
  `ifdef RANDOMIZE
    `ifdef INIT_RANDOM
      `INIT_RANDOM
    `endif
    `ifndef VERILATOR
      `ifdef RANDOMIZE_DELAY
        #`RANDOMIZE_DELAY begin end
      `else
        #0.002 begin end
      `endif
    `endif
  _RAND_0 = {2{`RANDOM}};
  `ifdef RANDOMIZE_MEM_INIT
  for (initvar = 0; initvar < 64; initvar = initvar+1)
    ram[initvar] = _RAND_0[47:0];
  `endif // RANDOMIZE_MEM_INIT
  `ifdef RANDOMIZE_REG_INIT
  _RAND_1 = {1{`RANDOM}};
  ram_RW_0_addr_pipe_0 = _RAND_1[5:0];
  `endif // RANDOMIZE_REG_INIT
  `endif // RANDOMIZE
end
  always @(posedge RW0_clk) begin
    if(ram_RW_0_w_0_en & ram_RW_0_w_0_mask) begin
      ram[ram_RW_0_w_0_addr] <= ram_RW_0_w_0_data;
    end
    if (ram_RW_0_addr_en) begin
      ram_RW_0_addr_pipe_0 <= RW0_addr;
    end
  end
endmodule
module split_counter_table_ext(
  input  [11:0] W0_addr,
  input         W0_clk,
  input  [3:0]  W0_data,
  input         W0_en,
  input  [11:0] R0_addr,
  input         R0_clk,
  output [3:0]  R0_data,
  input         R0_en
);
  reg [3:0] ram [0:4095];
  reg [31:0] _RAND_0;
  wire [3:0] ram_R_0_data;
  wire [11:0] ram_R_0_addr;
  wire [3:0] ram_W_0_data;
  wire [11:0] ram_W_0_addr;
  wire  ram_W_0_mask;
  wire  ram_W_0_en;
  wire  _GEN_0;
  wire [11:0] _GEN_1;
  reg [11:0] ram_R_0_addr_pipe_0;
  reg [31:0] _RAND_1;
  wire  ram_R_0_addr_en;
  wire  _GEN_2;
  wire  _GEN_3;
  wire [11:0] _GEN_4;
  wire [3:0] _GEN_5;
  assign ram_R_0_addr = ram_R_0_addr_pipe_0;
  assign ram_R_0_data = ram[ram_R_0_addr];
  assign ram_W_0_data = W0_data;
  assign ram_W_0_addr = W0_addr;
  assign ram_W_0_mask = 1'h1;
  assign ram_W_0_en = W0_en;
  assign R0_data = ram_R_0_data;
  assign _GEN_0 = R0_en;
  assign _GEN_1 = R0_addr;
  assign ram_R_0_addr_en = R0_en;
  assign _GEN_2 = W0_en;
  assign _GEN_3 = 1'h1;
  assign _GEN_4 = W0_addr;
  assign _GEN_5 = W0_data;
`ifdef RANDOMIZE_GARBAGE_ASSIGN
`define RANDOMIZE
`endif
`ifdef RANDOMIZE_INVALID_ASSIGN
`define RANDOMIZE
`endif
`ifdef RANDOMIZE_REG_INIT
`define RANDOMIZE
`endif
`ifdef RANDOMIZE_MEM_INIT
`define RANDOMIZE
`endif
`ifndef RANDOM
`define RANDOM $random
`endif
`ifdef RANDOMIZE_MEM_INIT
  integer initvar;
`endif
initial begin
  `ifdef RANDOMIZE
    `ifdef INIT_RANDOM
      `INIT_RANDOM
    `endif
    `ifndef VERILATOR
      `ifdef RANDOMIZE_DELAY
        #`RANDOMIZE_DELAY begin end
      `else
        #0.002 begin end
      `endif
    `endif
  _RAND_0 = {1{`RANDOM}};
  `ifdef RANDOMIZE_MEM_INIT
  for (initvar = 0; initvar < 4096; initvar = initvar+1)
    ram[initvar] = _RAND_0[3:0];
  `endif // RANDOMIZE_MEM_INIT
  `ifdef RANDOMIZE_REG_INIT
  _RAND_1 = {1{`RANDOM}};
  ram_R_0_addr_pipe_0 = _RAND_1[11:0];
  `endif // RANDOMIZE_REG_INIT
  `endif // RANDOMIZE
end
  always @(posedge W0_clk) begin
    if(ram_W_0_en & ram_W_0_mask) begin
      ram[ram_W_0_addr] <= ram_W_0_data;
    end
  end
  always @(posedge R0_clk) begin
    if (_GEN_0) begin
      ram_R_0_addr_pipe_0 <= R0_addr;
    end
  end
endmodule
module split_l2_tlb_ram_ext(
  input  [8:0]  RW0_addr,
  input         RW0_clk,
  input  [44:0] RW0_wdata,
  output [44:0] RW0_rdata,
  input         RW0_en,
  input         RW0_wmode
);
  reg [44:0] ram [0:511];
  reg [63:0] _RAND_0;
  wire [44:0] ram_RW_0_r_0_data;
  wire [8:0] ram_RW_0_r_0_addr;
  wire [44:0] ram_RW_0_w_0_data;
  wire [8:0] ram_RW_0_w_0_addr;
  wire  ram_RW_0_w_0_mask;
  wire  ram_RW_0_w_0_en;
  wire  _GEN_0;
  wire  _GEN_1;
  wire  _GEN_2;
  wire [44:0] _GEN_3;
  wire [8:0] _GEN_4;
  reg [8:0] ram_RW_0_addr_pipe_0;
  reg [31:0] _RAND_1;
  wire  _GEN_6;
  wire  ram_RW_0_addr_en;
  wire [8:0] _GEN_5;
  assign ram_RW_0_r_0_addr = ram_RW_0_addr_pipe_0;
  assign ram_RW_0_r_0_data = ram[ram_RW_0_r_0_addr];
  assign ram_RW_0_w_0_data = RW0_wdata;
  assign ram_RW_0_w_0_addr = RW0_addr;
  assign ram_RW_0_w_0_mask = 1'h1;
  assign ram_RW_0_w_0_en = RW0_en & RW0_wmode;
  assign RW0_rdata = ram_RW_0_r_0_data;
  assign _GEN_0 = RW0_en;
  assign _GEN_1 = RW0_wmode;
  assign _GEN_2 = 1'h1;
  assign _GEN_3 = RW0_wdata;
  assign _GEN_4 = RW0_addr;
  assign _GEN_6 = ~ RW0_wmode;
  assign ram_RW_0_addr_en = RW0_en & _GEN_6;
  assign _GEN_5 = RW0_addr;
`ifdef RANDOMIZE_GARBAGE_ASSIGN
`define RANDOMIZE
`endif
`ifdef RANDOMIZE_INVALID_ASSIGN
`define RANDOMIZE
`endif
`ifdef RANDOMIZE_REG_INIT
`define RANDOMIZE
`endif
`ifdef RANDOMIZE_MEM_INIT
`define RANDOMIZE
`endif
`ifndef RANDOM
`define RANDOM $random
`endif
`ifdef RANDOMIZE_MEM_INIT
  integer initvar;
`endif
initial begin
  `ifdef RANDOMIZE
    `ifdef INIT_RANDOM
      `INIT_RANDOM
    `endif
    `ifndef VERILATOR
      `ifdef RANDOMIZE_DELAY
        #`RANDOMIZE_DELAY begin end
      `else
        #0.002 begin end
      `endif
    `endif
  _RAND_0 = {2{`RANDOM}};
  `ifdef RANDOMIZE_MEM_INIT
  for (initvar = 0; initvar < 512; initvar = initvar+1)
    ram[initvar] = _RAND_0[44:0];
  `endif // RANDOMIZE_MEM_INIT
  `ifdef RANDOMIZE_REG_INIT
  _RAND_1 = {1{`RANDOM}};
  ram_RW_0_addr_pipe_0 = _RAND_1[8:0];
  `endif // RANDOMIZE_REG_INIT
  `endif // RANDOMIZE
end
  always @(posedge RW0_clk) begin
    if(ram_RW_0_w_0_en & ram_RW_0_w_0_mask) begin
      ram[ram_RW_0_w_0_addr] <= ram_RW_0_w_0_data;
    end
    if (ram_RW_0_addr_en) begin
      ram_RW_0_addr_pipe_0 <= RW0_addr;
    end
  end
endmodule